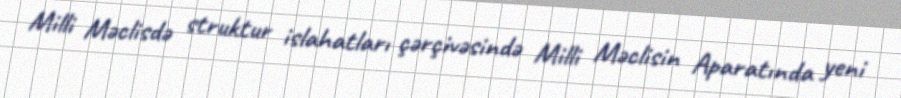
Milli Məclisdə struktur islahatları çərçivəsində Milli Məclisin Aparatında yeni